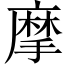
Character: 摩